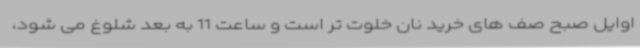
اوایل صبح صف های خرید نان خلوت تر است و ساعت 11 به بعد شلوغ می شود،